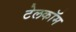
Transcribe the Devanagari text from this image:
टेलकॉम